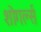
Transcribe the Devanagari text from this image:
शोगर्ल्स